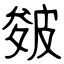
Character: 皴